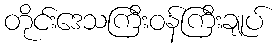
တိုင်းဒေသကြီးဝန်ကြီးချုပ်